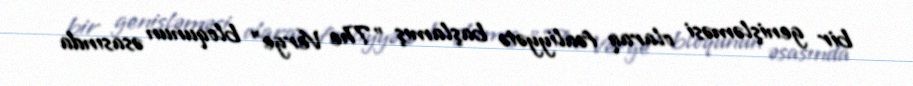
bir genişləməsi olaraq fəaliyyətə başlamış "The Verge" bloqunun əsasında